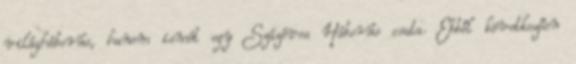
világháborús, hanem ismét egy Százéves Háborús csata. Ebből következően